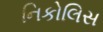
નિકોલિસ